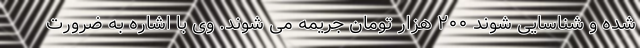
شده و شناسایی شوند ۲۰۰ هزار تومان جریمه می شوند. وی با اشاره به ضرورت